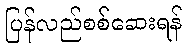
ပြန်လည်စစ်ဆေးရန်